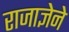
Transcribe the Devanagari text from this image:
राजाज्ञेने